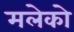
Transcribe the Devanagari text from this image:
मलेको